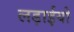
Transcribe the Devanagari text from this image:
लड़ाईयो